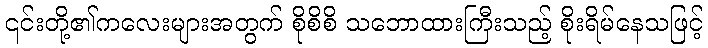
၎င်းတို့၏ကလေးများအတွက် စိုစိစိ သဘောထားကြီးသည့် စိုးရိမ်နေသဖြင့်